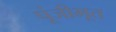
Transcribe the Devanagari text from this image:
पूंजीभूत